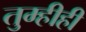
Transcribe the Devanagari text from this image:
तुम्हीही